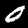
Digit: 0